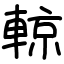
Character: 輬